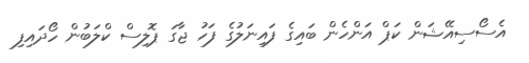
އެސޯސިއޭޝަން ކަޕް އަންހެން ބައިގެ ފައިނަލުގެ ފަހު ޖާގަ ޕޮލިސް ކްލަބުން ހޯދައިފި